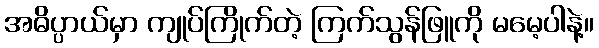
အဓိပ္ပာယ်မှာ ကျုပ်ကြိုက်တဲ့ ကြက်သွန်ဖြူကို မမေ့ပါနဲ့။